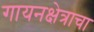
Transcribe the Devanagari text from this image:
गायनक्षेत्राचा